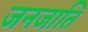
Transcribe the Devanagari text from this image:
जनजाति